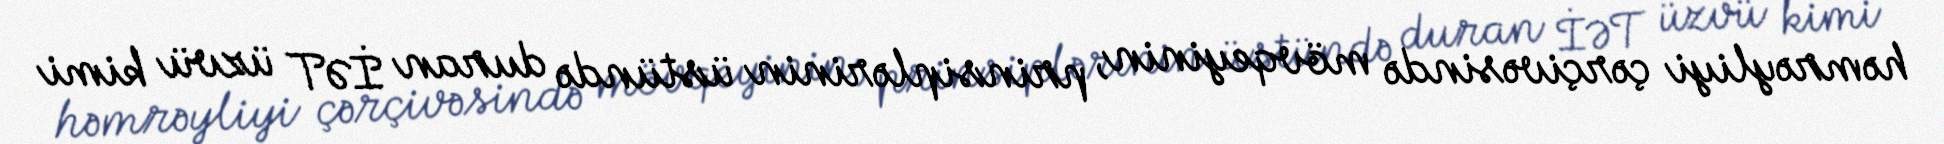
həmrəyliyi çərçivəsində mövqeyinin, prinsiplərinin üstündə duran İƏT üzvü kimi